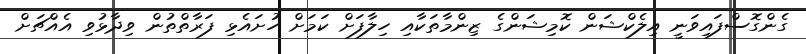
ގެންގޮސްފައިވަނީ އިލެކްޝަން ކޮމިޝަންގެ ޒިންމާތަކާއި ހިލާފަށް ކަމަށް ހުށައެޅި ފަރާތްތުން ވިދާޅުވި އެއްޗަށް